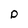
Character: p